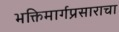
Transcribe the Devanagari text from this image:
भक्तिमार्गप्रसाराचा